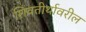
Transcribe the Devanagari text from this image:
शिवतीर्थावरील